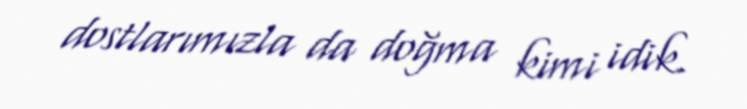
dostlarımızla da doğma kimi idik.